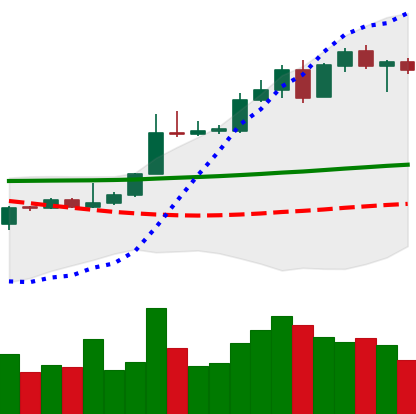
Ticker: XLM-USD
Chart end date: 2020-05-05
Forward return: -11.219%
Label: down_7plus